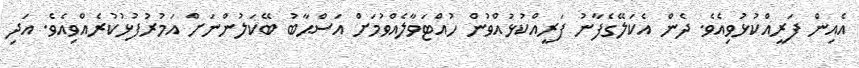
އެއިން ފަރީއްކުޅުވިއެވެ. ދެން އެކަލޭގެފާނު ފަރީއްކުޅުއްވުން ހުއްޓަވާލެއްވުމަށް އަސްޙާބު ބޭކަލުންނަށް އަމުރުފުޅުކުރެއްވިއެވެ. އަދި